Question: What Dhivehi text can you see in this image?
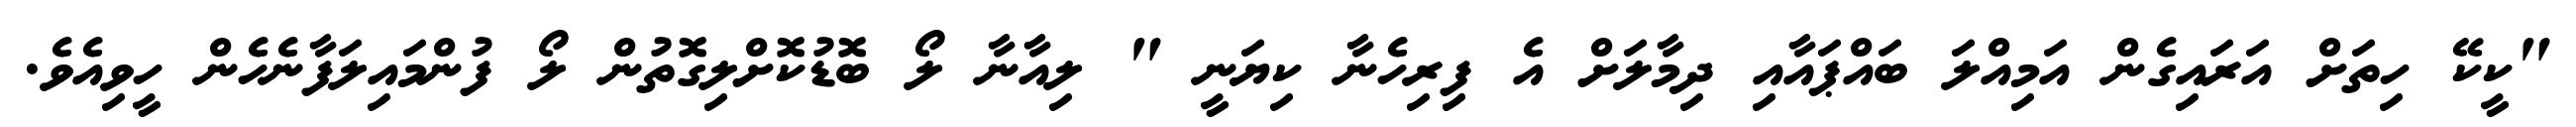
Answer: "ކީކޭ ހިތަށް އަރައިގެން އަމިއްލަ ބައްޕައާއި ދިމާލަށް އެ ފިރިހެނާ ކިޔަނީ " ލިއާނާ ލޯ ބޮޑުކޮށްލިގޮތުން ލޯ ފުންމައިލަފާނެހެން ހީވިއެވެ.